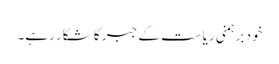
خود برہمنی ریاست کے جبر کا شکار رہے۔